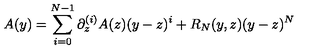
A ( y ) = \sum _ { i = 0 } ^ { N - 1 } \partial _ { z } ^ { ( i ) } A ( z ) ( y - z ) ^ { i } + R _ { N } ( y , z ) ( y - z ) ^ { N }